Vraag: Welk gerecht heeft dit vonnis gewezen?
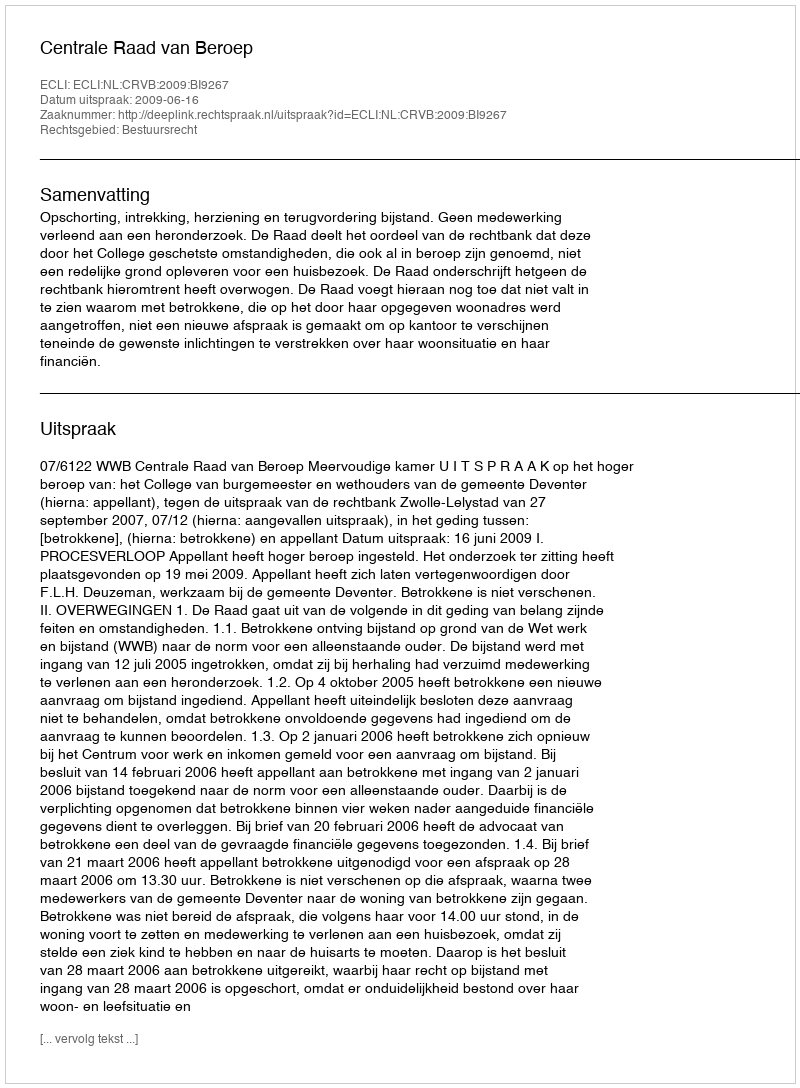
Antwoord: Centrale Raad van Beroep